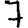
Digit: 7